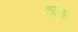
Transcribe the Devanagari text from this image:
कविकृत